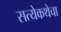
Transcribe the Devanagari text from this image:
सत्येकथेचा